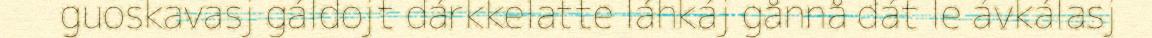
guoskavasj gáldojt dárkkelatte láhkáj gånnå dát le ávkálasj